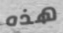
هذه